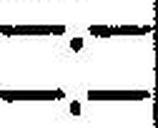
—.—